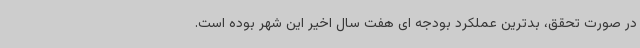
در صورت تحقق، بدترین عملکرد بودجه ای هفت سال اخیر این شهر بوده است.